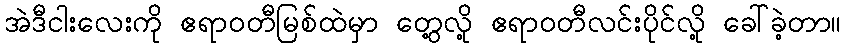
အဲဒီငါးလေးကို ဧရာဝတီမြစ်ထဲမှာ တွေ့လို့ ဧရာဝတီလင်းပိုင်လို့ ခေါ်ခဲ့တာ။